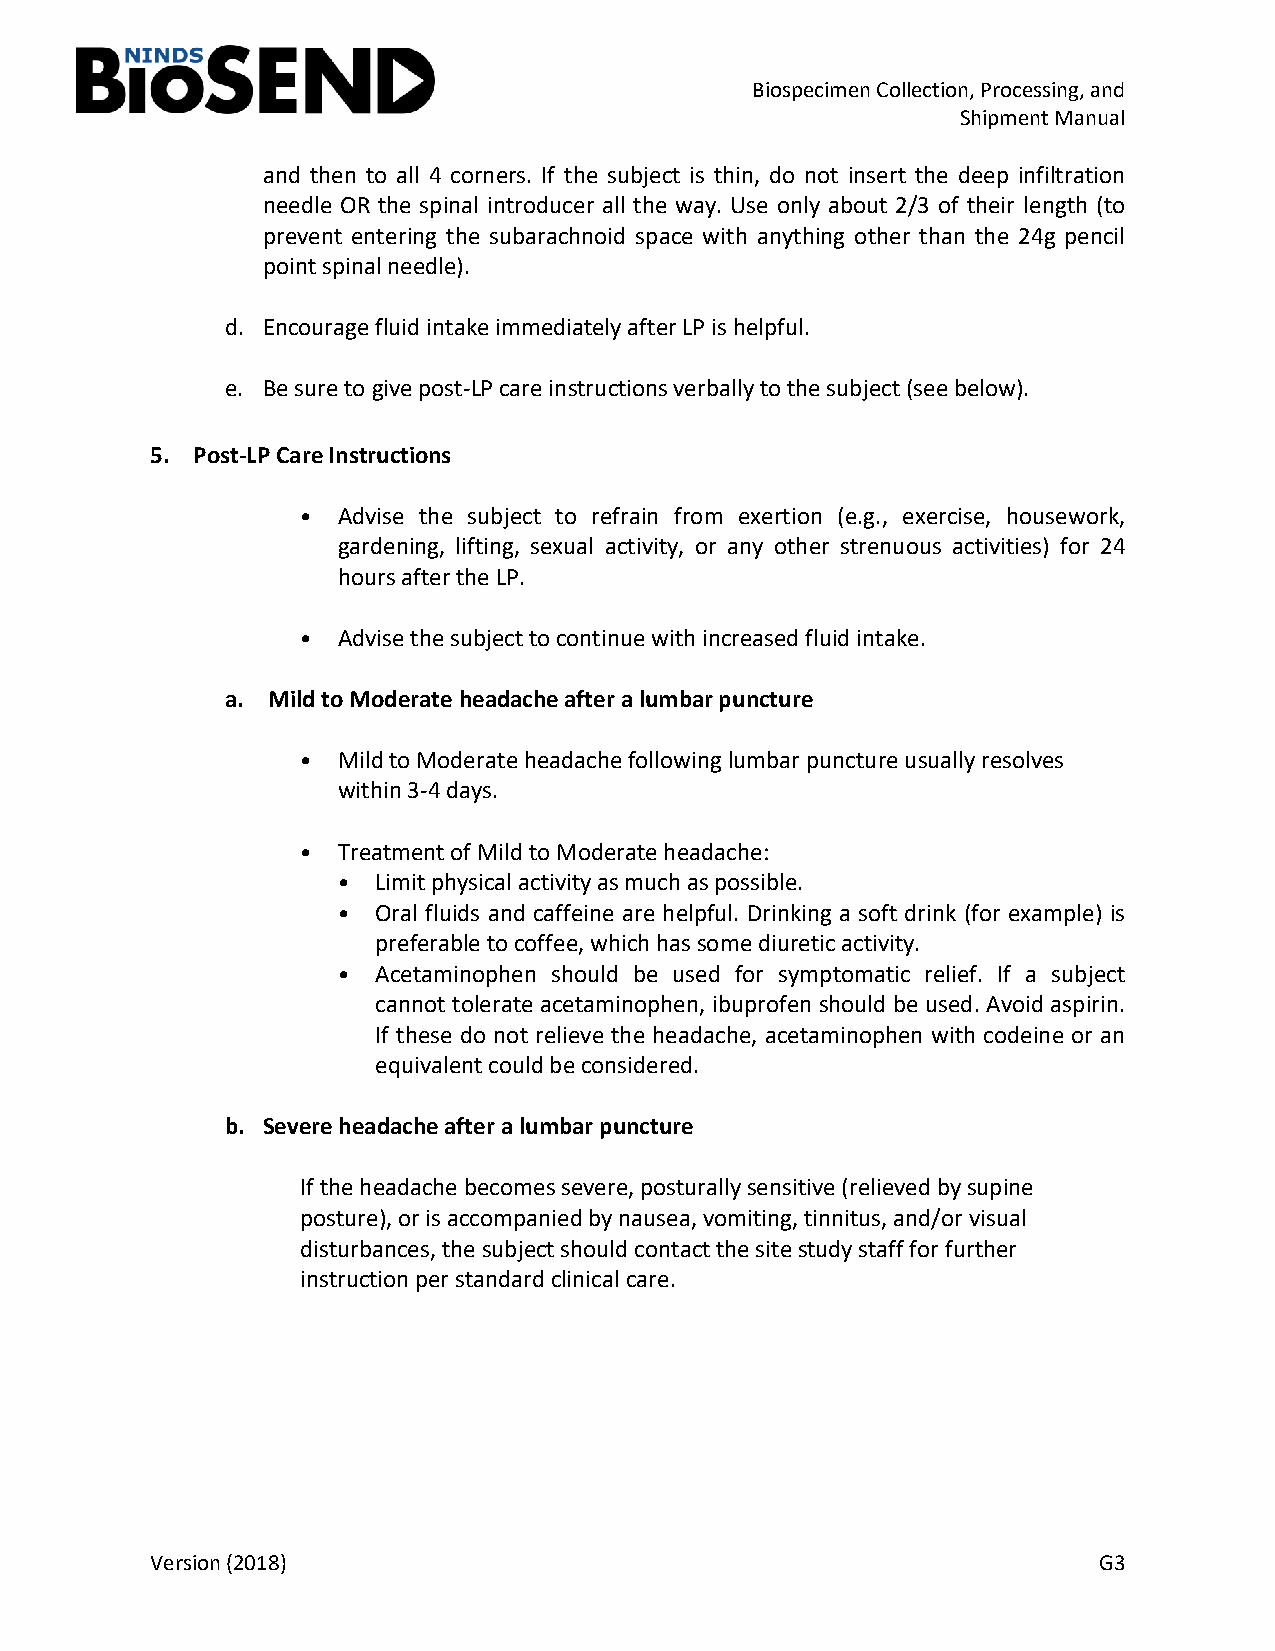
Biospecimen Collection, Processing, and
 Shipment Manual
 and then to all 4 corners. If the subject is thin, do not insert the deep infiltration
 needle OR the spinal introducer all the way. Use only about 2/3 of their length (to
 prevent entering the subarachnoid space with anything other than the 24g pencil
 point spinal needle).
 d. Encourage fluid intake immediately after LP is helpful.
 e. Be sure to give post-LP care instructions verbally to the subject (see below).
 5. Post-LP Care Instructions
 Advise the subject to refrain from exertion (e.g., exercise, housework,
 gardening, lifting, sexual activity, or any other strenuous activities) for 24
 •
 hours after the LP.
 Advise the subject to continue with increased fluid intake.
 •
 a. Mild to Moderate headache after a lumbar puncture
 Mild to Moderate headache following lumbar puncture usually resolves
 within 3-4 days.
 •
 Treatment of Mild to Moderate headache:
 Limit physical activity as much as possible.
 •
 Oral fluids and caffeine are helpful. Drinking a soft drink (for example) is
 •
 preferable to coffee, which has some diuretic activity.
 •
 Acetaminophen should be used for symptomatic relief. If a subject
 cannot tolerate acetaminophen, ibuprofen should be used. Avoid aspirin.
 •
 If these do not relieve the headache, acetaminophen with codeine or an
 equivalent could be considered.
 b. Severe headache after a lumbar puncture
 If the headache becomes severe, posturally sensitive (relieved by supine
 posture), or is accompanied by nausea, vomiting, tinnitus, and/or visual
 disturbances, the subject should contact the site study staff for further
 instruction per standard clinical care.
 Version (2018)                                                 G3